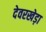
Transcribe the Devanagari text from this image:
देवरखेड़ा